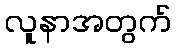
လူနာအတွက်